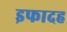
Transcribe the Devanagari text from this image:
इफादह